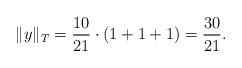
LaTeX: \begin{align*}\|y\|_{T} = \frac{10}{21} \cdot \left(1 + 1 + 1\right) = \frac{30}{21}. \end{align*}